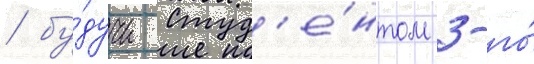
/ бу́дучи студ'е́нтом 3-го́